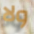
ولا